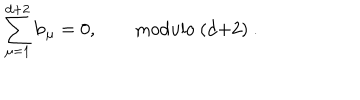
LaTeX: \sum _ { \mu = 1 } ^ { d + 2 } { \bf b } _ { \mu } = 0 , \qquad \mathrm { m o d u l o ~ ( d + 2 ) ~ } .